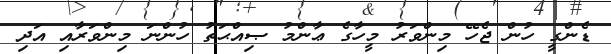
ޑެންގީ ހުން ޖެހޭ މިންވަރު މީހާގެ ޢާންމު ޞިއްޙަތު ހުންނަ މިންވަރާއި އަދި